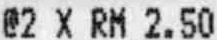
@2 X RM 2.50